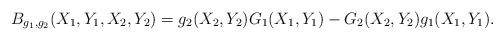
LaTeX: \begin{align*}B_{g_1,g_2}(X_1,Y_1,X_2,Y_2) = g_2(X_2,Y_2)G_1(X_1,Y_1) - G_2(X_2,Y_2)g_1(X_1,Y_1).\end{align*}